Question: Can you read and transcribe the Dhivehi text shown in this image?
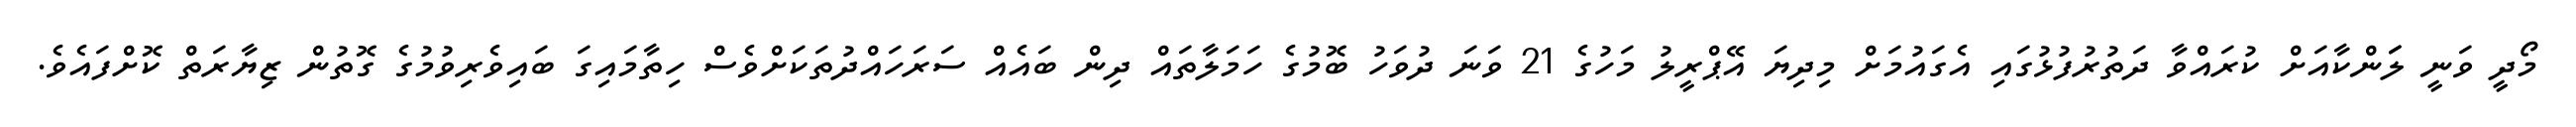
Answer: މޯދީ ވަނީ ލަަންކާއަށް ކުރައްވާ ދަތުރުފުޅުގައި އެގައުމަށް މިދިޔަ އޭޕްރީލު މަހުގެ 21 ވަނަ ދުވަހު ބޮމުގެ ހަމަލާތައް ދިން ބައެއް ސަރަހައްދުތަކަށްވެސް ހިތާމައިގަ ބައިވެރިވުމުގެ ގޮތުން ޒިޔާރަތް ކޮށްފައެވެ.